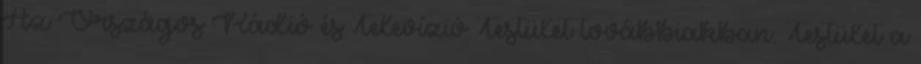
Az Országos Rádió és Televízió Testület továbbiakban: Testület a